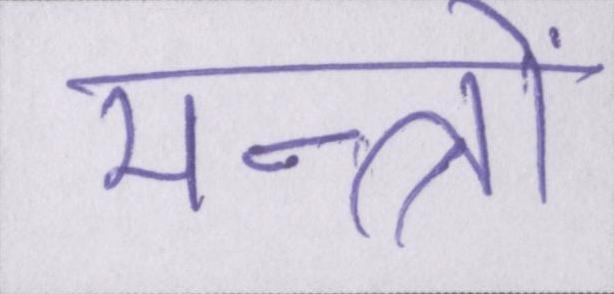
मन्त्रों